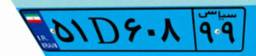
۵۱D۶۰۸۹۹